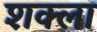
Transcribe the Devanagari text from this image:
शक्ला